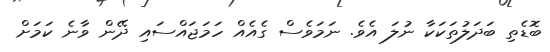
ބޮޑެތި ބަދަލުތަކަކާ ނުލަ އެވެ. ނަމަވެސް ގެއެއް ހަމަޖައްސައި ދޭން ވާނެ ކަމަށް